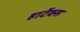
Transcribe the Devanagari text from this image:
हार्टेक्स